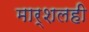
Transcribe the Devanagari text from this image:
मार्शलही